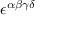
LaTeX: \epsilon ^ { \alpha \beta \gamma \delta }